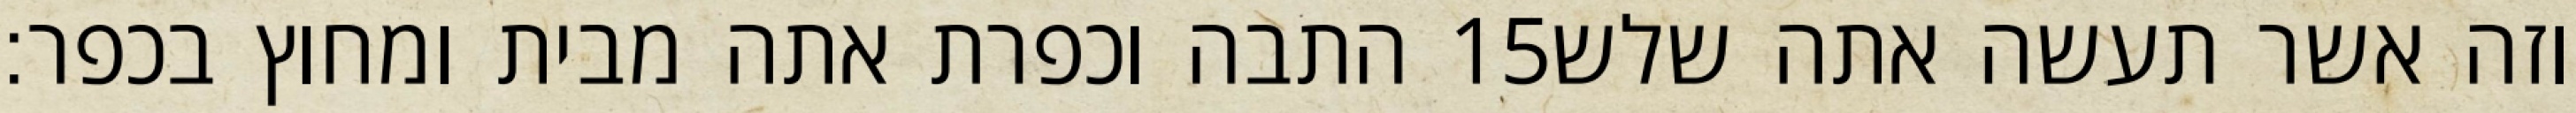
התבה וכפרת אתה מבית ומחוץ בכפר׃ ‎15‏ וזה אשר תעשה אתה שלש